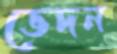
ভেদন